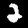
Digit: 2